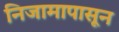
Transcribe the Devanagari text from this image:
निजामापासून